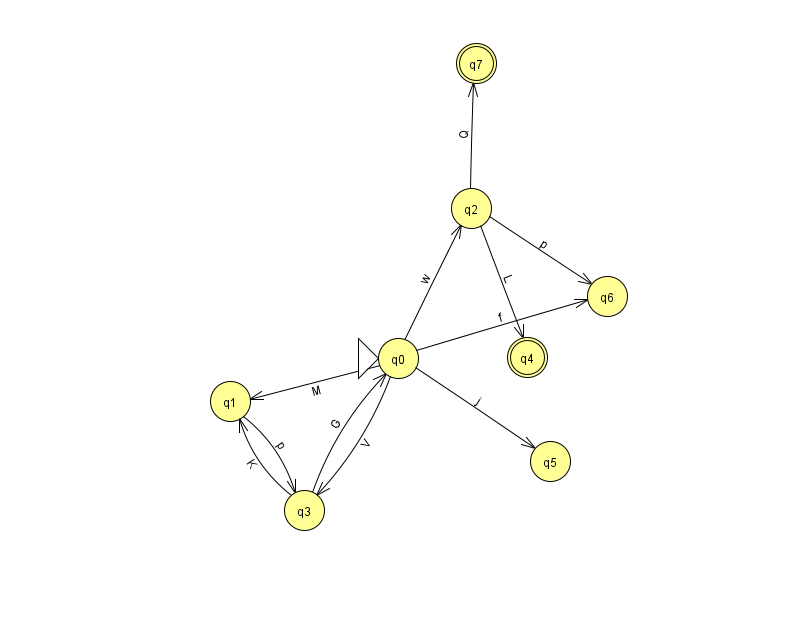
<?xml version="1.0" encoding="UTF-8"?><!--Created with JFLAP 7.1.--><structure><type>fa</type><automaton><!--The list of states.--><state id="0" name="q0"><x>398.0</x><y>345.0</y><initial/></state><state id="1" name="q1"><x>230.0</x><y>388.0</y></state><state id="2" name="q2"><x>471.0</x><y>195.0</y></state><state id="3" name="q3"><x>304.0</x><y>497.0</y></state><state id="4" name="q4"><x>527.0</x><y>344.0</y><final/></state><state id="5" name="q5"><x>550.0</x><y>448.0</y></state><state id="6" name="q6"><x>607.0</x><y>283.0</y></state><state id="7" name="q7"><x>476.0</x><y>50.0</y><final/></state><!--The list of transitions.--><transition><from>3</from><to>1</to><read>K</read></transition><transition><from>2</from><to>4</to><read>L</read></transition><transition><from>0</from><to>2</to><read>w</read></transition><transition><from>0</from><to>1</to><read>M</read></transition><transition><from>0</from><to>5</to><read>j</read></transition><transition><from>1</from><to>3</to><read>p</read></transition><transition><from>2</from><to>6</to><read>p</read></transition><transition><from>2</from><to>7</to><read>Q</read></transition><transition><from>3</from><to>0</to><read>G</read></transition><transition><from>0</from><to>3</to><read>V</read></transition><transition><from>0</from><to>6</to><read>f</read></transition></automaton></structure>